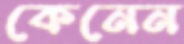
কেনেন